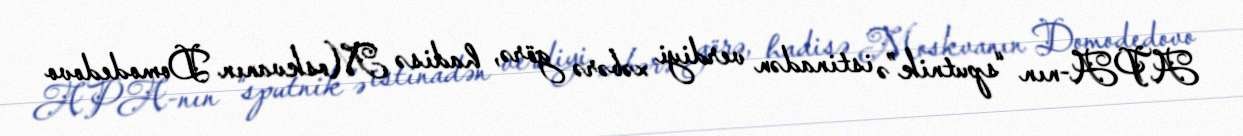
APA-nın “sputnik”ə istinadən verdiyi xəbərə görə, hadisə Moskvanın Domodedovo